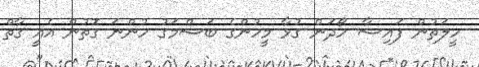
ހީލަތުން ފައިސާ ހޯދަން ގުޅާ މީހުންގެ ބަސްމަގު ހުންނަ ގޮތުން އެއީ ގާތް